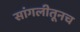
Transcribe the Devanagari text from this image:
सांगलीतूनच